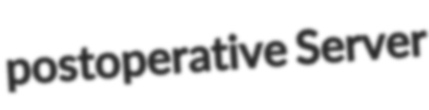
postoperative Server